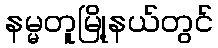
နမ္မတူမြို့နယ်တွင်